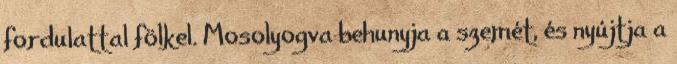
fordulattal fölkel. Mosolyogva behunyja a szemét, és nyújtja a